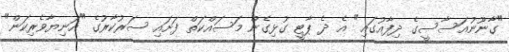
"ގާނޫނުއަސާސީގެ ދިފާއުގައި" އެ ދެ ޕާޓީ ގުޅިގެން މަސައްކަތް ފަށައި ސަރުކާރުގެ "އަނިޔާވެރިކަން"